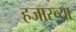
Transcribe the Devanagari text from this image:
हजारच्या